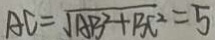
A E = \sqrt { A B ^ { 2 } + B C ^ { 2 } } = 5